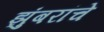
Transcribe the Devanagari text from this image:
झुंबरांचे